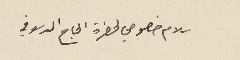
سلام خصوصي لحضرة الحاج الدسوقي